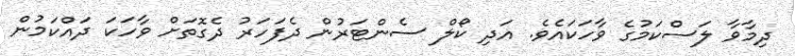
ދިމާވާ ލަސްކަމުގެ ވާހަކައެވެ. އަދި ކޯލް ސެންޓަރުން ދެފަހަރު ދެގޮތަށް ވާހަކަ ދައްކަމުން